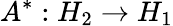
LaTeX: A^{*}:H_{2}\to H_{1}